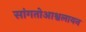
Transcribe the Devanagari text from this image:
सांगतोआश्वलायन